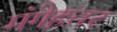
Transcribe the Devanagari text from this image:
मंगेहतर